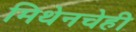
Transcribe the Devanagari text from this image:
मिथेनचेही